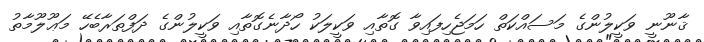
ޤާނޫނީ ވަކީލުންގެ މަސައްކަތް ހަމަޖެހިފައިވާ ގޮތާއި ވަކީލަކު ހޯދާނެގޮތާއި ވަކީލުންގެ ދަފްތަރާބެހޭ މަޢޫލޫމާތު